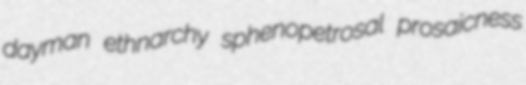
dayman ethnarchy sphenopetrosal prosaicness